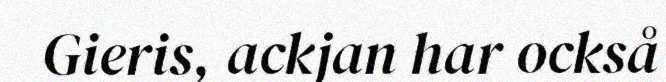
Gieris, ackjan har också